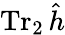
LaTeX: \operatorname{Tr}_{2}\hat{h}